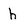
Character: h